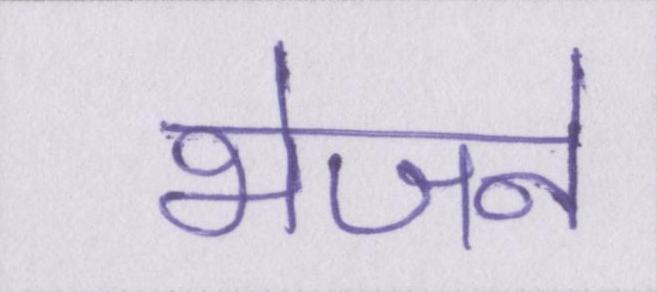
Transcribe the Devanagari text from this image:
भेजने